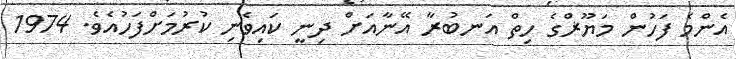
އެންމެ ފަހުން މަޔޫޜްގެ ހިތް އަނބުރާ އޭނާއަށް ދިނީ ކައިވެނި ކުުރުމަށްފަހުއެވެ. 1974